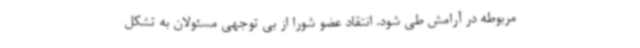
مربوطه در آرامش طی شود. انتقاد عضو شورا از بی توجهی مسئولان به تشکل